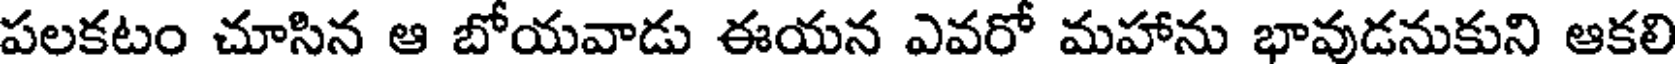
పలకటం చూసిన ఆ బోయవాడు ఈయన ఎవరో మహాను భావుడనుకుని ఆకలి